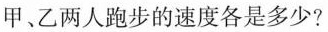
甲、乙两人跑步的速度各是多少?